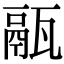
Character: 䰛